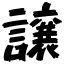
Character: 譲